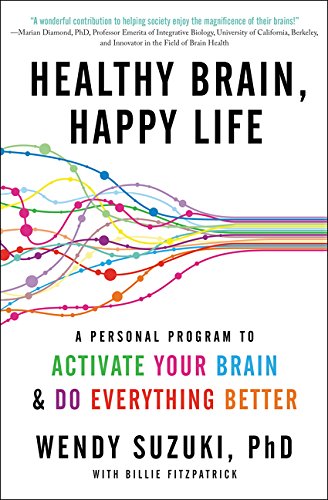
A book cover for Healthy Brain, Happy Life: A Personal Program to Activate Your Brain and Do Everything Better; Wendy Suzuki; Biographies & Memoirs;